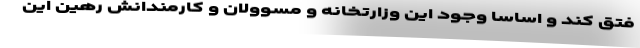
فتق کند و اساساً وجود این وزارتخانه و مسوولان و کارمندانش رهین این